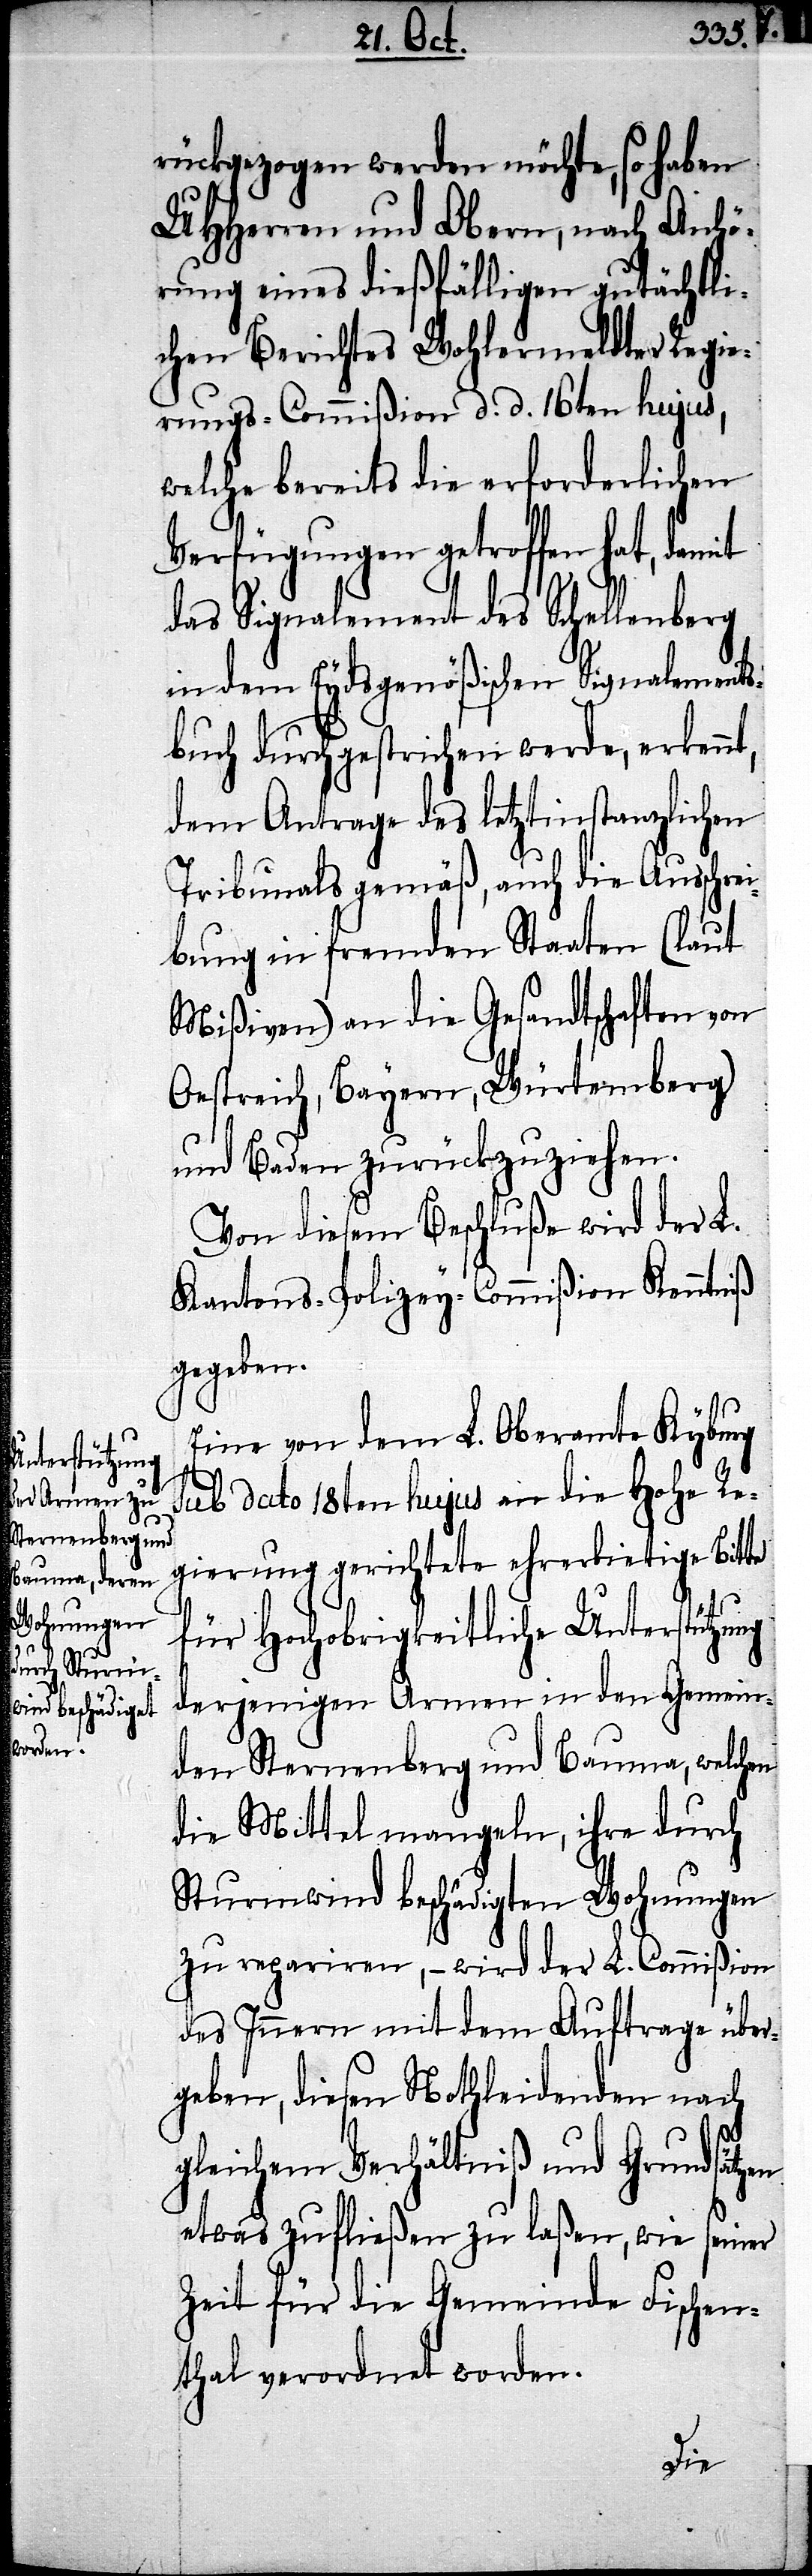
rückgezogen werden möchte, so haben
UHHerren und Obern, nach Anhö¬
rung eines dießfälligen gutächtli¬
chen Berichtes Wohlermeldter Regie¬
rungs-Commißion d. d. 16ten hujus,
welche bereits die erforderlichen
Verfügungen getroffen hat, damit
das Signalement des Schellenberg
in dem Eydsgenößischen Signalements¬
buch durchgestrichen werde, erkennt,
dem Antrage des letztinstanzlichen
Tribunals gemäß, auch die Ausschrei¬
bung in fremden Staaten (laut
Mißiven) an die Gesandtschaften von
Oestreich, Bayern, Würtemberg)
und Baden zurückzuziehen.
Von diesem Beschluße wird der L.
Kantons-Polizey-Commißion Kenntniß
gegeben.
Eine von dem L. Oberamte Kyburg
sub dato 18ten hujus an die Hohe Re¬
gierung gerichtete ehrerbietige Bitte
für Hochobrigkeitliche Unterstützung
derjenigen Armen in den Gemein¬
den Sternenberg und Bauma, welchen
die Mittel mangeln, ihre durch
Sturmwind beschädigten Wohnungen
zu repariren, – wird der L. Commißion
des Innern mit dem Auftrage über¬
geben, diesen Nothleidenden nach
gleichem Verhältniß und Grundsätzen
etwas zufließen zu laßen, wie seiner
Zeit für die Gemeinde Fischen¬
thal verordnet worden.